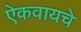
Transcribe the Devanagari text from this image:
ऐकवायचे